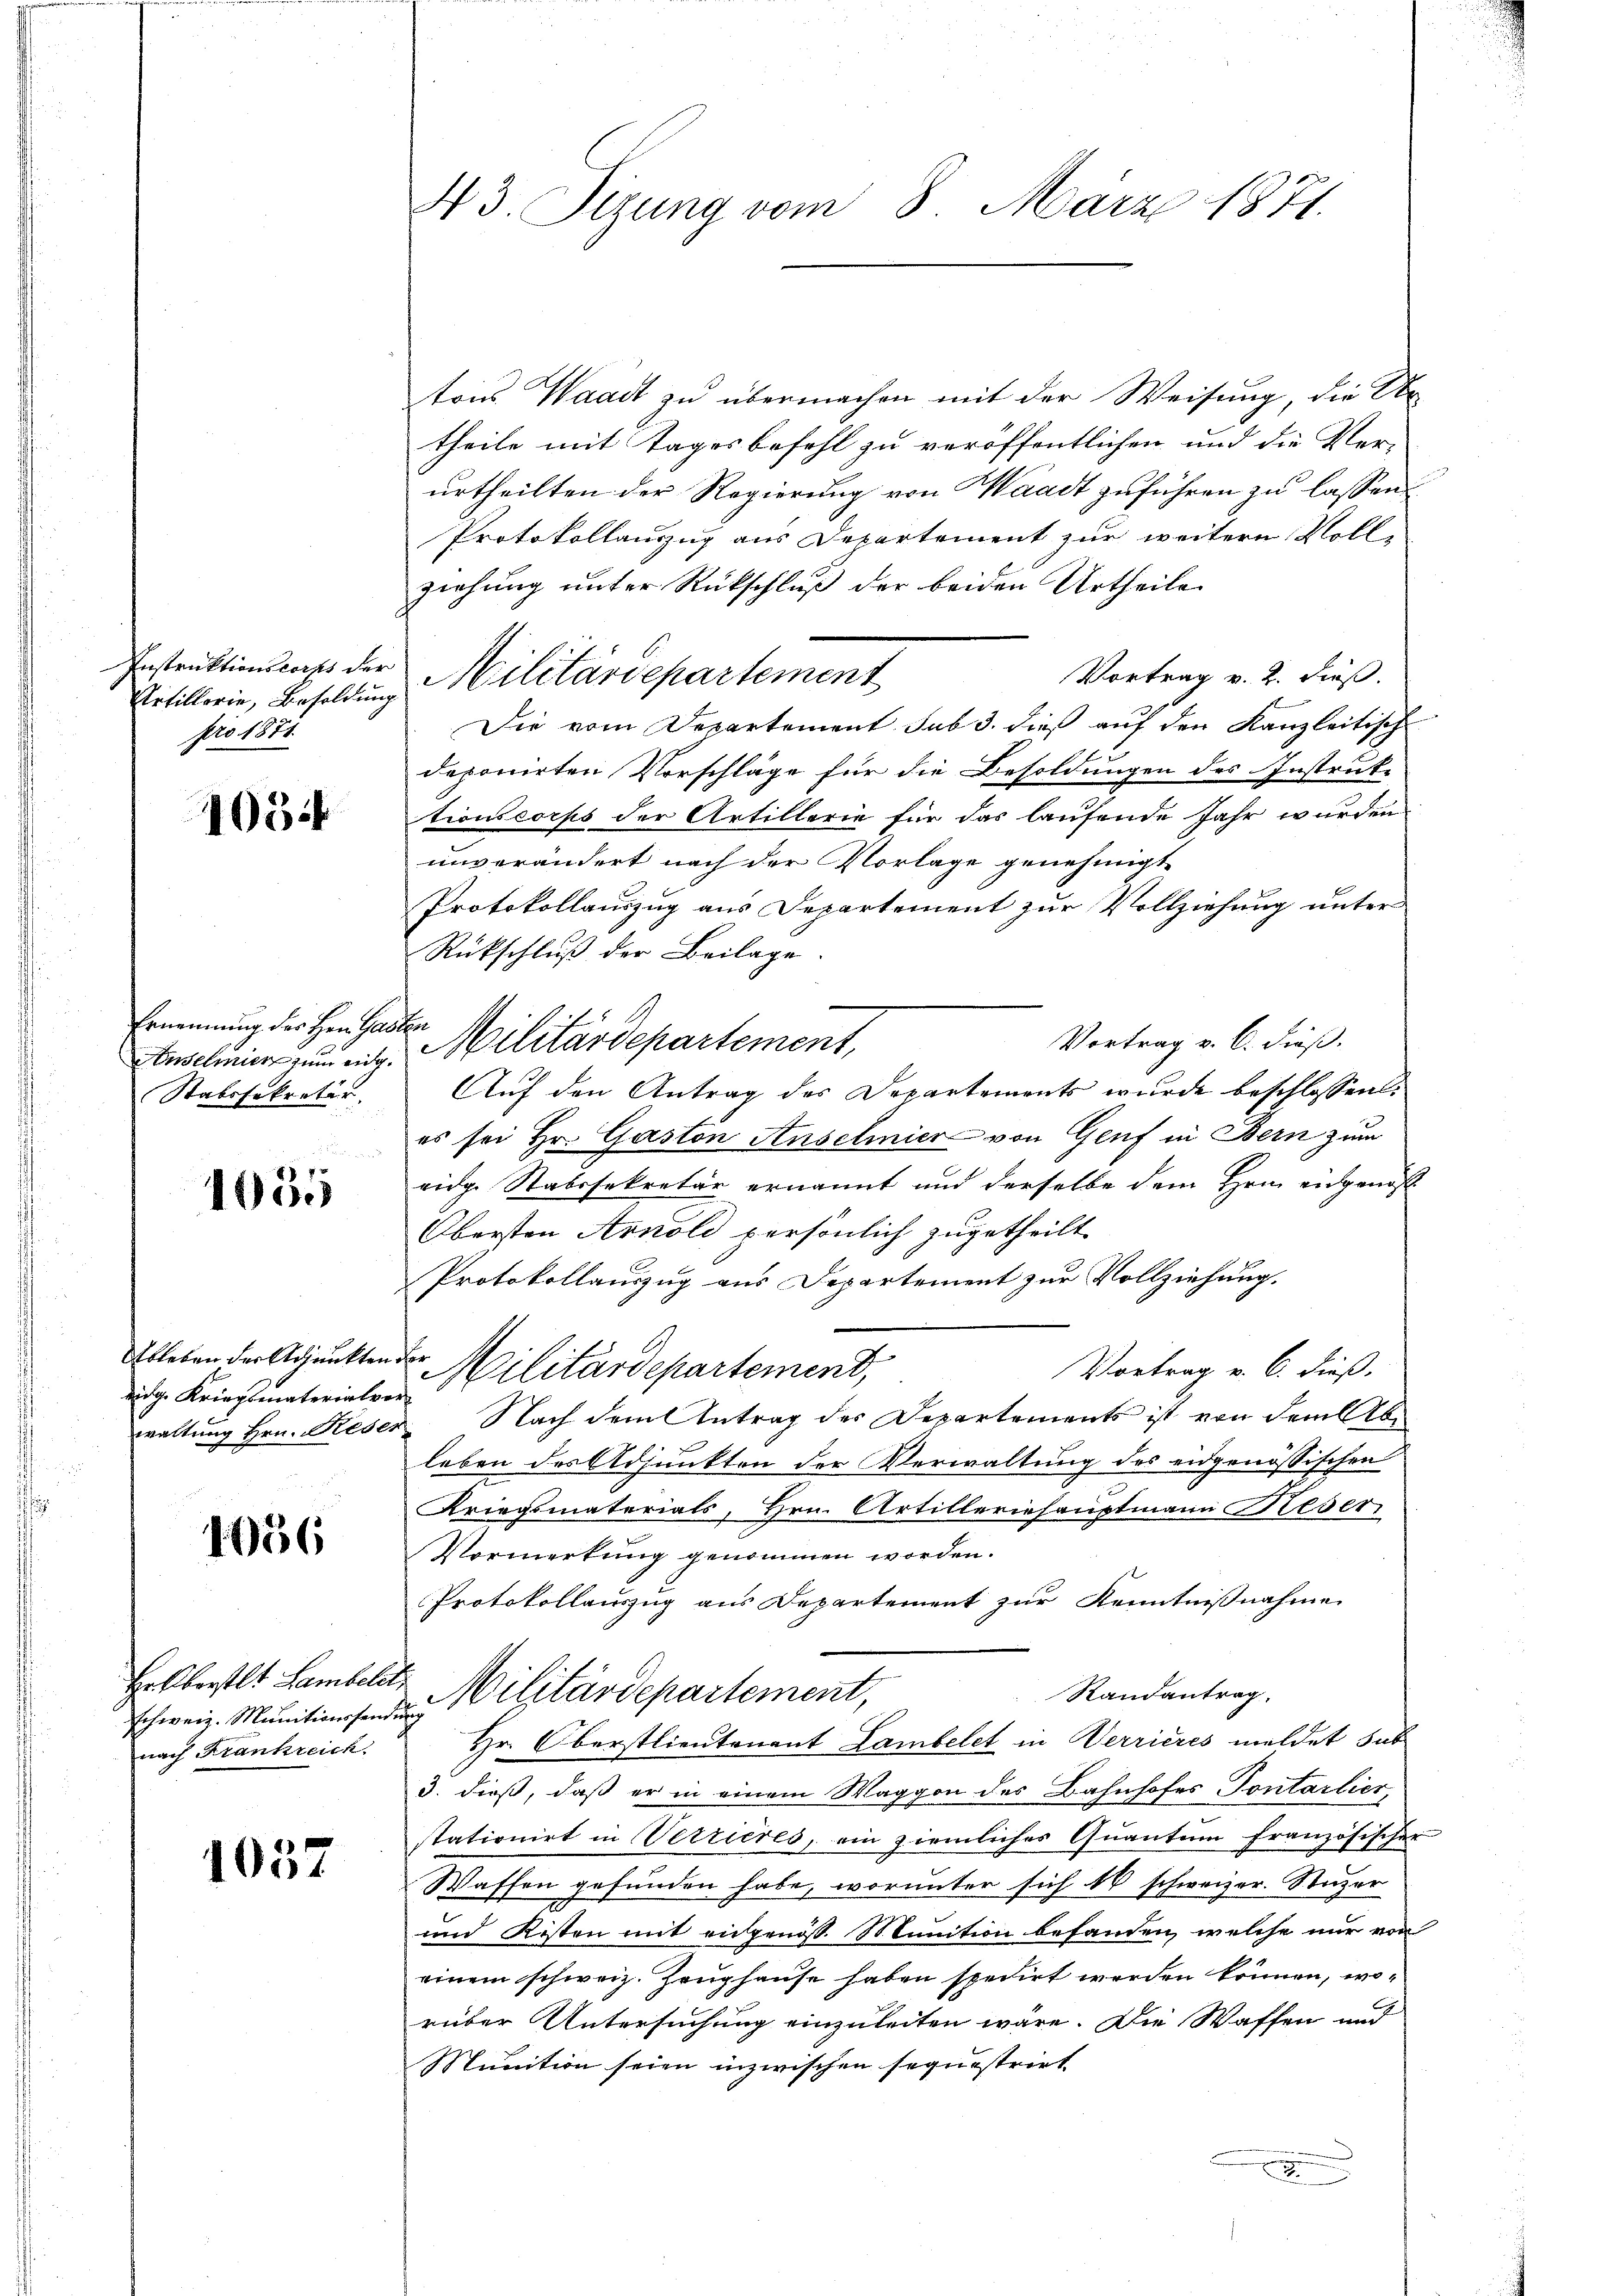
Instruktionscochs der
Artillorie, Besoldung
pro 1871.

1034

nung des Henthalein
schmier zum eidg.
Tabssekretär.

1035

leben der Adjunkten.
idge Kriegsmaterialve
waltung Hrn. Rese

1056

Holberstlt Lambele
schweiz. Munitionssein
nach Frankreich

1057

43. Sizung vom 8. März 1871.

tons Waadt zu übermachen mit der Weisung, die Ar
theile mit Tages befehl zu veröffentlichen und die Ver-
urtheilten der Regierung von Waadt zuführen zu lassen.
Protokollauszug aus Departement zur weitern Voll-
ziehung unter Rückschluß der beiden Urtheile
Vortrag v. 2. dieß.
Militärdepartement
Die vom Departement sub 3. dieß auf den Kanzleitisch
deponirten Vorschläge für die Besoldungen des Instruke
tionscorps der Artillerie für das laufende Jahr wurden
unverändert nach der Vorlage genehmigt.
Protokollauszug aus Departement zur Vollziehung unter
Rückschluß der Beilage.
the
Vortrag v. 6. dieß.
Militärdepartement,
Auf den Antrag des Departements wurde beschlossen:
es sei Hr. Gaston Anschmier von Genf in Bern zum
eidge Stabssekretär ernannt und derselbe dem Hrnn engenos
Obersten Arnold persönlich zugetheilt.
Protokollauszug aus Departement zur Vollziehung.
d Militärdepartement,
Vortrag v. 6. dieß.
a
Nach dem Antrag der Departements ist von dem leb
leben des Adjunkten der Verwaltung des eidgenössischen
Kriegsmaterials, Hrn. Artilleriehauptmann Keser
Vormerkung genommen worden.
Protokollauszug aus Departement zur Kenntnißnahme
Randantrag.
"Militärdepartement,
2
Hr. Oberstlieutenant Lambelct in Verrieres meldet sub
3. dieß, daß er in einem Waggon des Bahnhofes Pontarlier,
stationirt in Verrieres, ein ziemliches Quantum französischer
Waffen gefunden habe, worunter sich 18 schweizer. Stuzer
und Kisten mit engenoß. Munition befanden, welche nur von
einem schweiz. Zeughause haben spedirt werden können, worüber Untersuchung einzuleiten wäre. Die Waffen und
Munition seien inzwischen sequestrirt
.